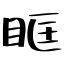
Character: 眶